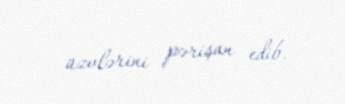
üzvlərini pərişan edib.